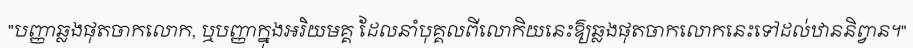
"បញ្ញាឆ្លងផុតចាកលោក, ឬបញ្ញាក្នុងអរិយមគ្គ ដែលនាំបុគ្គលពីលោកិយនេះឱ្យឆ្លងផុតចាកលោកនេះទៅដល់ឋាននិព្វាន។"